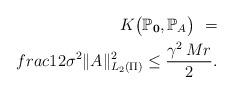
LaTeX: \begin{align*}K\big(\mathbb P_{{\bf 0}},\mathbb P_{A}\big)\ =\\frac{1}{2\sigma^2}\|A\|_{L_2(\Pi)}^2 \leq\frac{\gamma^2\,Mr}{2}.\end{align*}